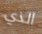
الذي